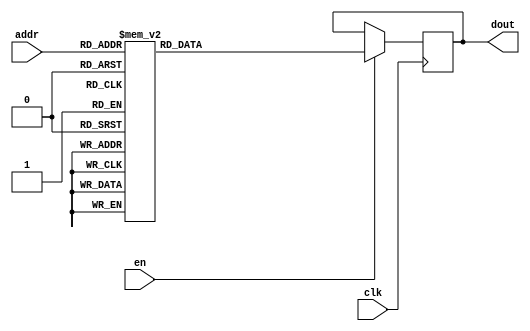
`timescale 1ns / 1ps
/*
Copyright
All right reserved.
Module Name: rom_syn
Author  : Zichuan Liu, Yixing Li and Wenye Liu.
Description:
A synthesized ROM: ROM_DEP x ROM_WID
*/
module DC_8_REF_ROM_3(
// inputs
clk,
en,
addr,
// outputs
dout
);
localparam ROM_WID = 14;
localparam ROM_DEP = 32;
localparam ROM_ADDR = 5;
// input definition
input clk;
input en;
input [ROM_ADDR-1:0] addr;
// output definition
output [ROM_WID-1:0] dout;
reg [ROM_WID-1:0] data;
always @(posedge clk)
begin
if (en) begin
case(addr)
		5'd0: data <= 14'b01000111001000;
		5'd1: data <= 14'b01001010110110;
		5'd2: data <= 14'b01001100010010;
		5'd3: data <= 14'b01000111011010;
		5'd4: data <= 14'b01000011100100;
		5'd5: data <= 14'b01001101001000;
		5'd6: data <= 14'b01000000000100;
		5'd7: data <= 14'b01001001101101;
		5'd8: data <= 14'b01000011000000;
		5'd9: data <= 14'b01001111000100;
		5'd10: data <= 14'b01001111000101;
		5'd11: data <= 14'b01010000011011;
		5'd12: data <= 14'b01000100011001;
		5'd13: data <= 14'b01001000001100;
		5'd14: data <= 14'b01010001010010;
		5'd15: data <= 14'b01000101101101;
		5'd16: data <= 14'b01001001110100;
		5'd17: data <= 14'b01000111010110;
		5'd18: data <= 14'b01000100101011;
		5'd19: data <= 14'b01001001010000;
		5'd20: data <= 14'b01000101110110;
		5'd21: data <= 14'b01001010100111;
		5'd22: data <= 14'b01000101101011;
		5'd23: data <= 14'b01000101001101;
		5'd24: data <= 14'b01001000010001;
		5'd25: data <= 14'b01001010110010;
		5'd26: data <= 14'b00111110010100;
		5'd27: data <= 14'b01000001111101;
		5'd28: data <= 14'b01000101001100;
		5'd29: data <= 14'b01001100010000;
		5'd30: data <= 14'b01001000111011;
		5'd31: data <= 14'b01000011000011;
		endcase
		end
	end
	assign dout = data;
endmodule